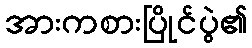
အားကစားပြိုင်ပွဲ၏